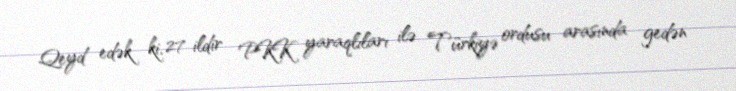
Qeyd edək ki, 27 ildir PKK yaraqlıları ilə Türkiyə ordusu arasında gedən